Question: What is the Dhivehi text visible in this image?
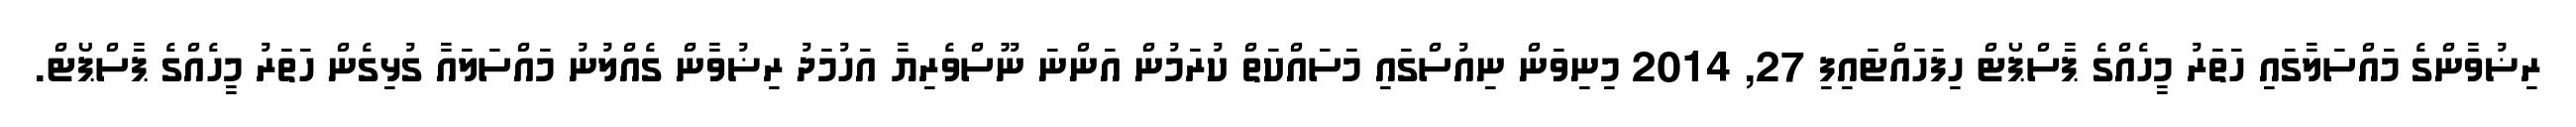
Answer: ރިޟުވާންގެ މައްސަލާގައި ހަތަރު މީހެއްގެ ޕާސްޕޯޓް ހިފަހައްޓައިފި 27, 2014 މިނިވަން ނިއުސްގައި މަސައްކަތް ކުރަމުން އަންނަ ނޫސްވެރިޔާ އަހުމަދު ރިޟުވާން ގެއްލުނު މައްސަލައާ ގުޅިގެން ހަތަރު މީހެއްގެ ޕާސްޕޯޓް.